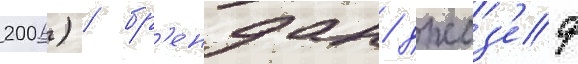
2006) / бр'ендан джоз'еф